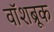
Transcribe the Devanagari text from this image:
वॉशब्रूक